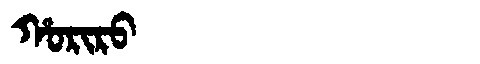
Manchu: ᡥᠣᡵᡳᡵᠣ
Romanization: HORIRO